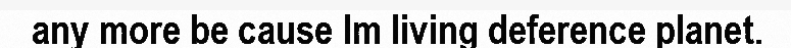
any more be cause Im living deference planet.